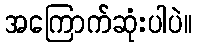
အကြောက်ဆုံးပါပဲ။